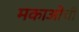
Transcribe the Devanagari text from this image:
मकाओची